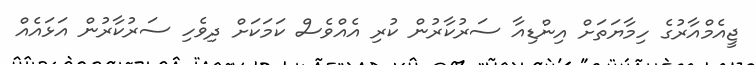
ޖީއެމްއާރުގެ ހިމާޔަތަށް އިންޑިއާ ސަރުކާރުން ކުރި އެއްވެސް ކަމަކަށް ދިވެހި ސަރުކާރުން އަޅައެއް